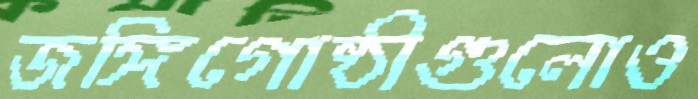
জঙ্গিগোষ্ঠীগুলোও